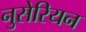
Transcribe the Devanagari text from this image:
नुसेरियन